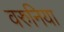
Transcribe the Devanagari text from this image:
वरुनिया